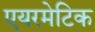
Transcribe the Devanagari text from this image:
एयरमेटिक